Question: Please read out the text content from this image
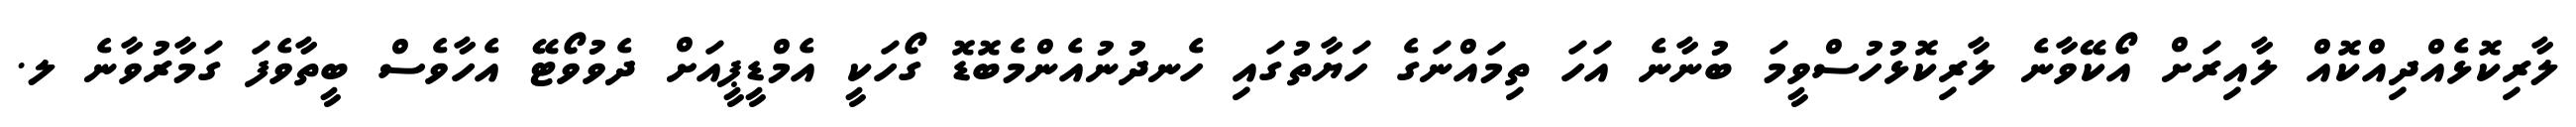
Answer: ލާރިކޮޅެއްދިއްކޮއް ލާއިރަށް އޯކޭވާނެ ލާރިކޮޅުހުސްވީމަ ބުނާނެ އަހަ ތިމައްނަގެ ހަޔާތުގައި ހެނދުނުއެންމެބޮޑޮ ގޯހަކީ އެމްޑީޕީއަށް ދެވުވޯޓޭ އެހާވެސް ބީތާވެފަ ގަމާރުވާނެ ލ.